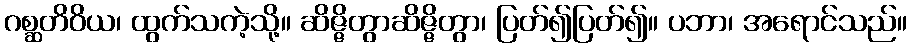
ဂစ္ဆတိဝိယ၊ ထွက်သကဲ့သို့။ ဆိဇ္ဇိတွာဆိဇ္ဇိတွာ၊ ပြတ်၍ပြတ်၍။ ပဘာ၊ အရောင်သည်။